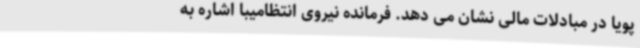
پویا در مبادلات مالی نشان می دهد. فرمانده نیروی انتظامیبا اشاره به